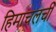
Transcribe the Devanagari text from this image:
हिमाचलची